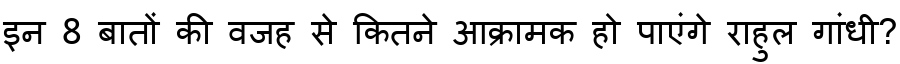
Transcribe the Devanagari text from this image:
इन 8 बातों की वजह से कितने आक्रामक हो पाएंगे राहुल गांधी?